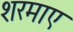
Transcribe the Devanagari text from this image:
शरमाए